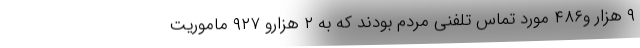
۹ هزار و۴۸۶ مورد تماس تلفنی مردم بودند که به ۲ هزارو ۹۲۷ ماموریت